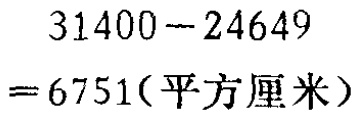
\[

\begin{align*}

31400 - 24649&\\

= 6751(\text{平方厘米})

\end{align*}

\]